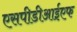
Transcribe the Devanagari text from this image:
एसपीडीआईएफ